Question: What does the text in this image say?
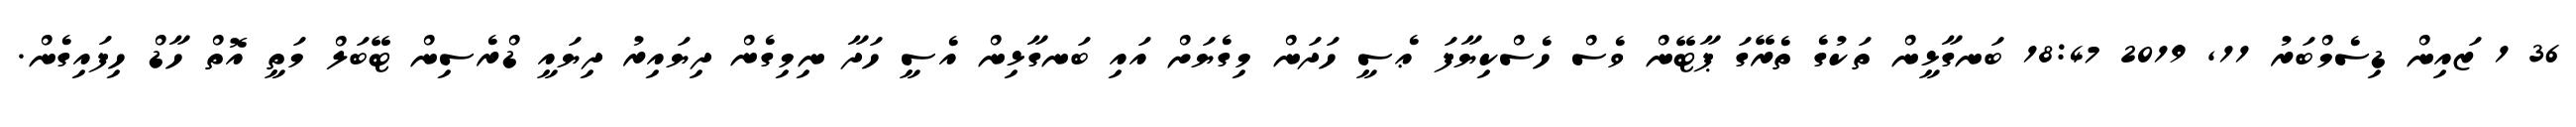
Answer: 36 1 ޒައިން ޑިސެމްބަރު 11, 2019 18:47 ބަނގާޅީން ތަކުގެ ތެރޭގަ ޕާޓޭން ވެސް ހެސްކިޔާފަ ޢެސީ ހަދަން މިގެޔަށް އައި ބަނގާޅިން އެސީ ހަދާ ނިމިގެން ދިޔައިރު ދިޔައީ ޑްރެސިން ޓޭބަލް މަތީ އޮތް ހާޑް ހިފައިގެން.